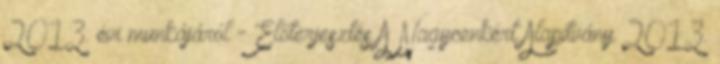
2013. évi munkájáról - Előterjesztés A Nagycenkért Alapítvány 2013.